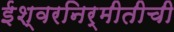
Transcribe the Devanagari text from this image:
ईश्वरनिर्मीतीची